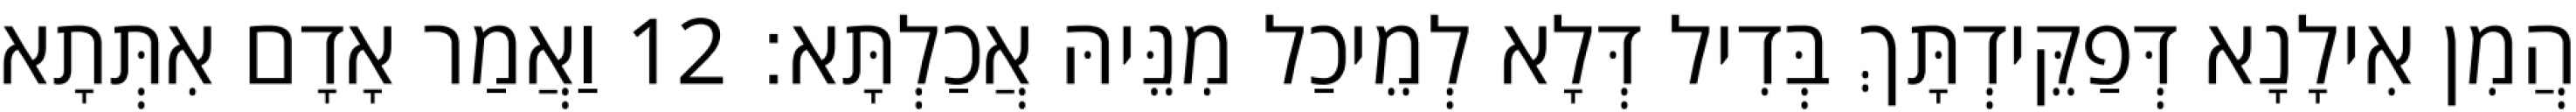
הֲמִן אִילָנָא דְּפַקֵּידְתָּךְ בְּדִיל דְּלָא לְמֵיכַל מִנֵּיהּ אֲכַלְתָּא׃ 12 וַאֲמַר אָדָם אִתְּתָא